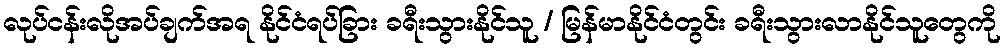
လုပ်ငန်းလိုအပ်ချက်အရ နိုင်ငံရပ်ခြား ခရီးသွားနိုင်သူ / မြန်မာနိုင်ငံတွင်း ခရီးသွားလာနိုင်သူတွေကို